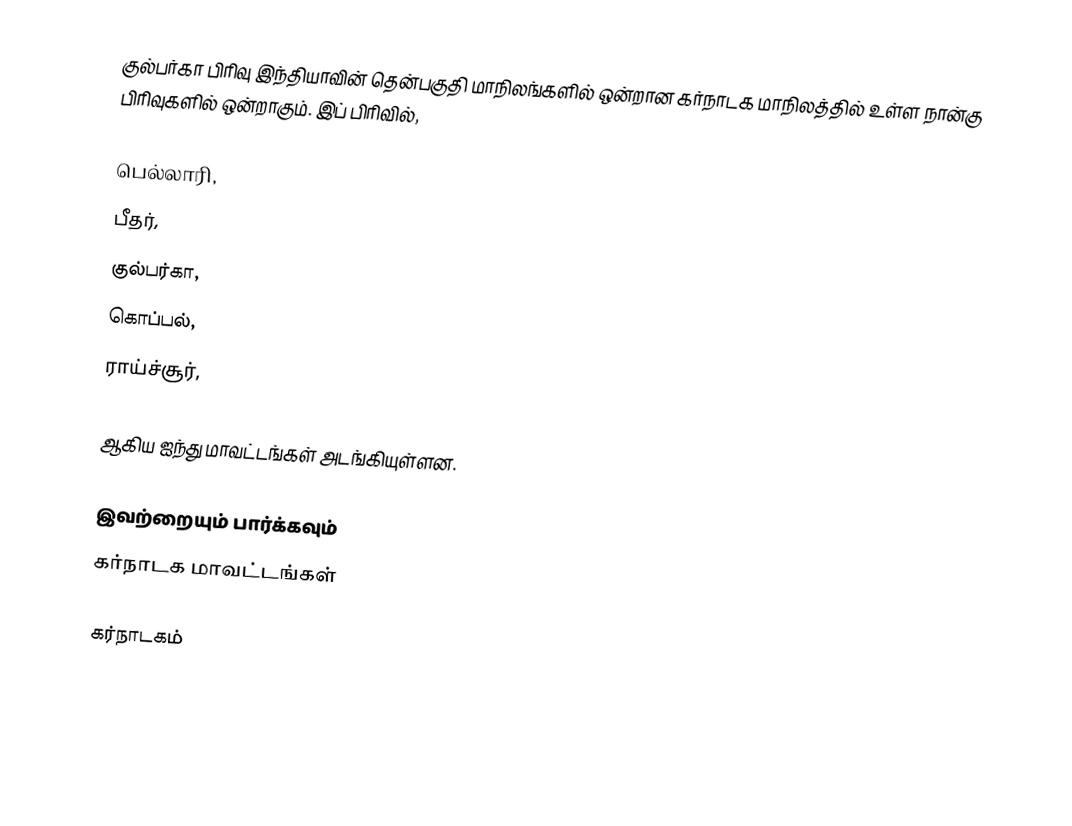
குல்பர்கா பிரிவு இந்தியாவின் தென்பகுதி மாநிலங்களில் ஒன்றான கர்நாடக மாநிலத்தில் உள்ள நான்கு பிரிவுகளில் ஒன்றாகும். இப் பிரிவில்,

 பெல்லாரி,
 பீதர்,
 குல்பர்கா,
 கொப்பல்,
 ராய்ச்சூர்,

ஆகிய ஐந்து மாவட்டங்கள் அடங்கியுள்ளன.

இவற்றையும் பார்க்கவும்
 கர்நாடக மாவட்டங்கள்

கர்நாடகம்